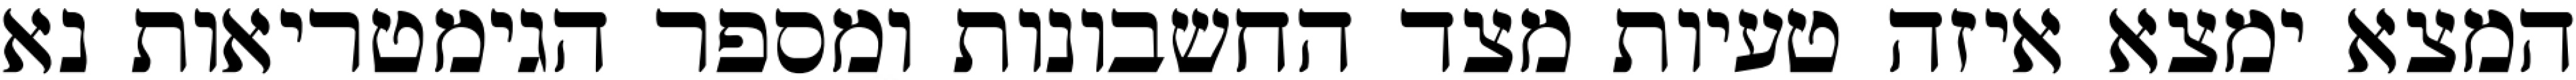
המצא ימצא איזה טעיות מצד החשבונות ומספר הגימטריאות נא